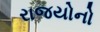
રાજયોનો